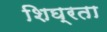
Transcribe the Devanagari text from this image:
शिघ्रता